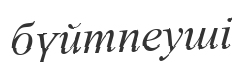
бүйтпеуші